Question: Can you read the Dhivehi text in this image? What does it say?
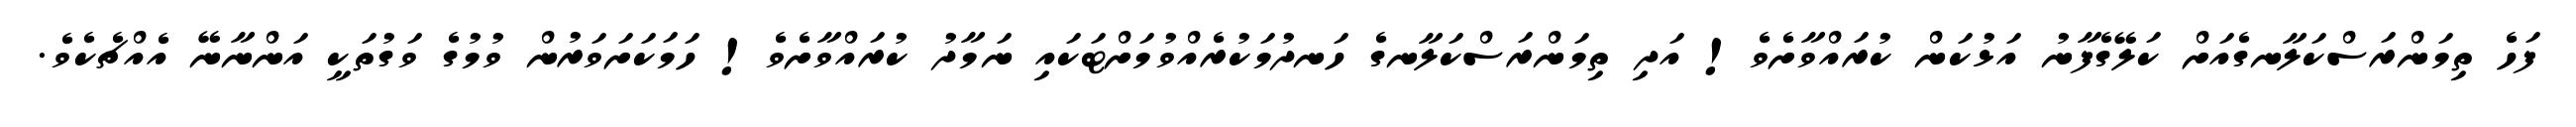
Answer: ފަހެ ތިމަންރަސްކަލާނގެއަށް ކަލޭގެފާނު އަޅުކަން ކުރައްވާށެވެ! އަދި ތިމަންރަސްކަލާނގެ ހަނދުމަކުރެއްވުމަށްޓަކައި ނަމާދު ކުރައްވާށެވެ! ހަމަކަށަވަރުން ވުމުގެ ވަގުތަކީ އަންނާނޭ އެއްޗެކެވެ.